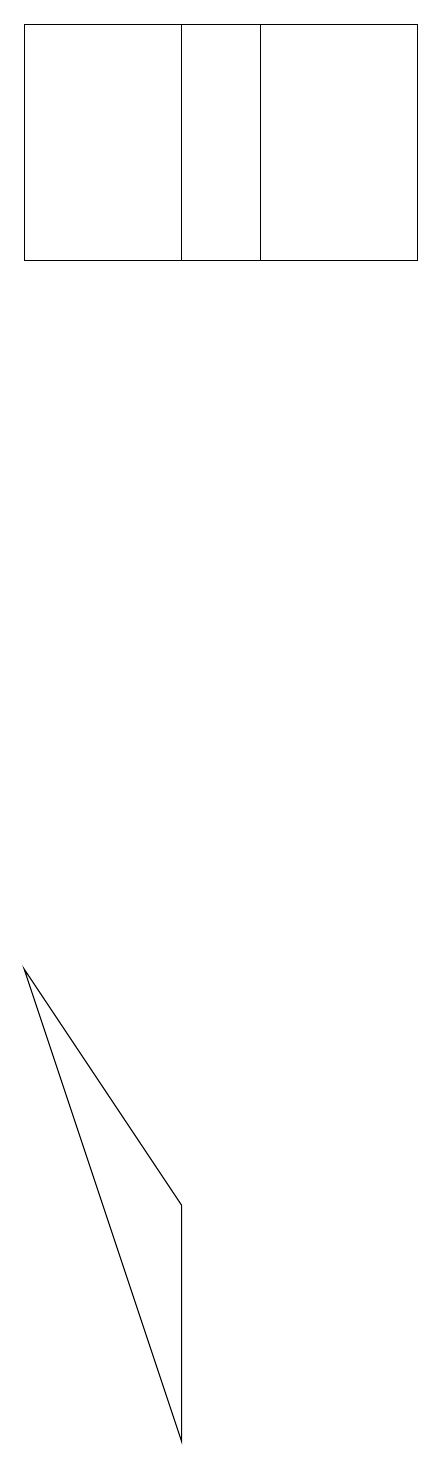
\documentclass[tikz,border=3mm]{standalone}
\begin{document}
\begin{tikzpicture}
\draw (4,1) -- (4,4) -- (2,7) -- cycle;
\draw (7,19) rectangle (2,16);
\draw (4,16) rectangle (5,19);
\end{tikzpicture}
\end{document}